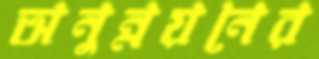
অনুন্নয়নের